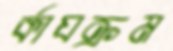
র্কাযক্রম